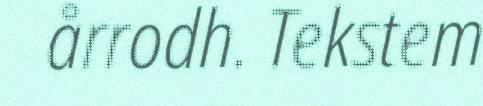
årrodh. Tekstem